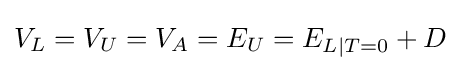
V_{L}=V_{U}=V_{A}=E_{U}=E_{L|T=0}+D